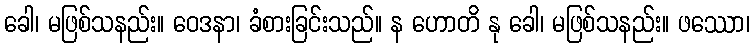
ခေါ၊ မဖြစ်သနည်း။ ဝေဒနာ၊ ခံစားခြင်းသည်။ န ဟောတိ နု ခေါ၊ မဖြစ်သနည်း။ ဖဿော၊